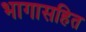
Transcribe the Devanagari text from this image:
भागासहित